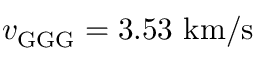
v _ { \mathrm { G G G } } = 3 . 5 3 ~ \mathrm { k m / s }